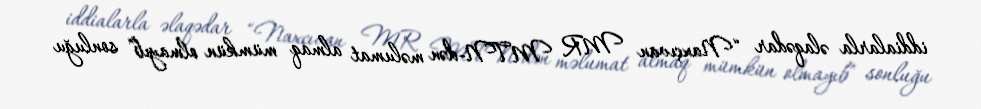
iddialarla əlaqədar “Naxçıvan MR MTN-dən məlumat almaq mümkün olmayıb” sonluğu